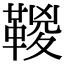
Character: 𩋯